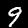
Label: 9